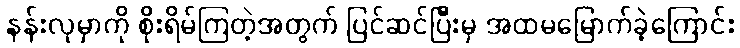
နန်းလုမှာကို စိုးရိမ်ကြတဲ့အတွက် ပြင်ဆင်ပြီးမှ အထမမြောက်ခဲ့ကြောင်း